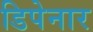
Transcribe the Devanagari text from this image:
डिपेनार